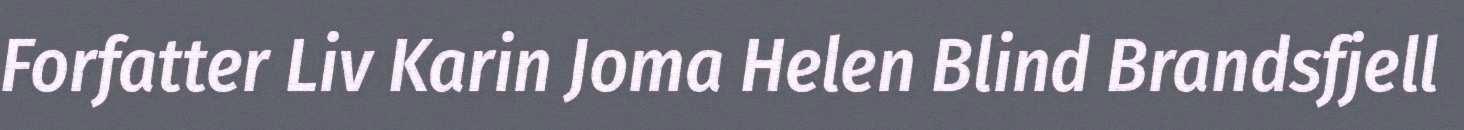
Forfatter Liv Karin Joma Helen Blind Brandsfjell